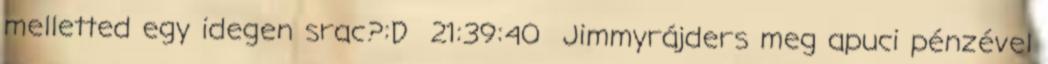
melletted egy idegen srac?:D 21:39:40 Jimmyrájders meg apuci pénzével